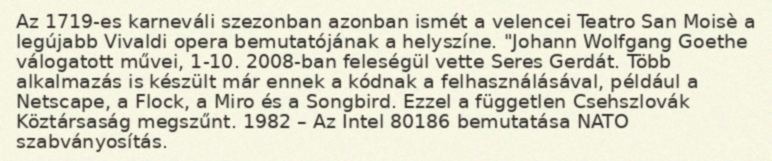
Az 1719-es karneváli szezonban azonban ismét a velencei Teatro San Moisè a legújabb Vivaldi opera bemutatójának a helyszíne. "Johann Wolfgang Goethe válogatott művei, 1-10. 2008-ban feleségül vette Seres Gerdát. Több alkalmazás is készült már ennek a kódnak a felhasználásával, például a Netscape, a Flock, a Miro és a Songbird. Ezzel a független Csehszlovák Köztársaság megszűnt. 1982 – Az Intel 80186 bemutatása NATO szabványosítás.